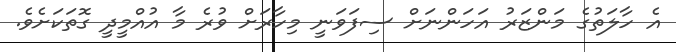
އެ ހާލަތުގެ މަންޒަރު އަހަންނަށް ސިފަވަނީ މިހާރަށް ވުރެ މާ އުއްމީދީ ގޮތަކަށެވެ.